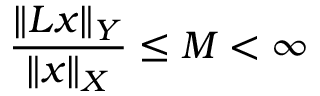
{ \frac { \| L x \| _ { Y } } { \| x \| _ { X } } } \leq M < \infty